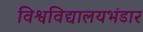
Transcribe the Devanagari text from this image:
विश्वविद्यालयभंडार